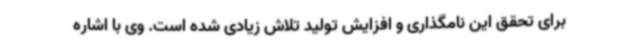
برای تحقق این نامگذاری و افزایش تولید تلاش زیادی شده است. وی با اشاره